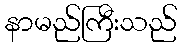
နာမည်ကြီးသည်